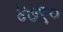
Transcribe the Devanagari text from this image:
४७९०